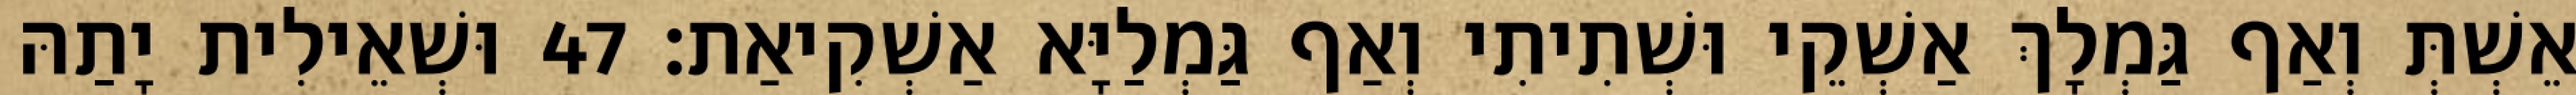
אֵשְׁתְּ וְאַף גַּמְלָךְ אַשְׁקֵי וּשְׁתִיתִי וְאַף גַּמְלַיָּא אַשְׁקִיאַת׃ 47 וּשְׁאֵילִית יָתַהּ